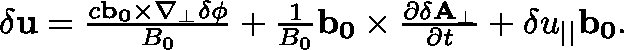
\begin{array} { r } { \mathbf { \delta u } = \frac { c \mathbf { b _ { 0 } } \times \nabla _ { \perp } \delta \phi } { B _ { 0 } } + \frac { 1 } { B _ { 0 } } \mathbf { b _ { 0 } } \times \frac { \partial \mathbf { \delta A _ { \perp } } } { \partial t } + \delta u _ { | | } \mathbf { b _ { 0 } } . } \end{array}